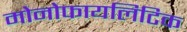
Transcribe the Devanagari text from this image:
मोनोफायलिटिक